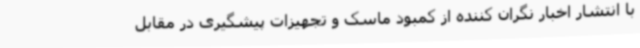
با انتشار اخبار نگران کننده از کمبود ماسک و تجهیزات پیشگیری در مقابل